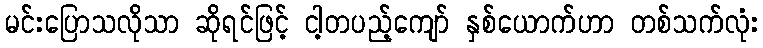
မင်းပြောသလိုသာ ဆိုရင်ဖြင့် ငါ့တပည့်ကျော် နှစ်ယောက်ဟာ တစ်သက်လုံး